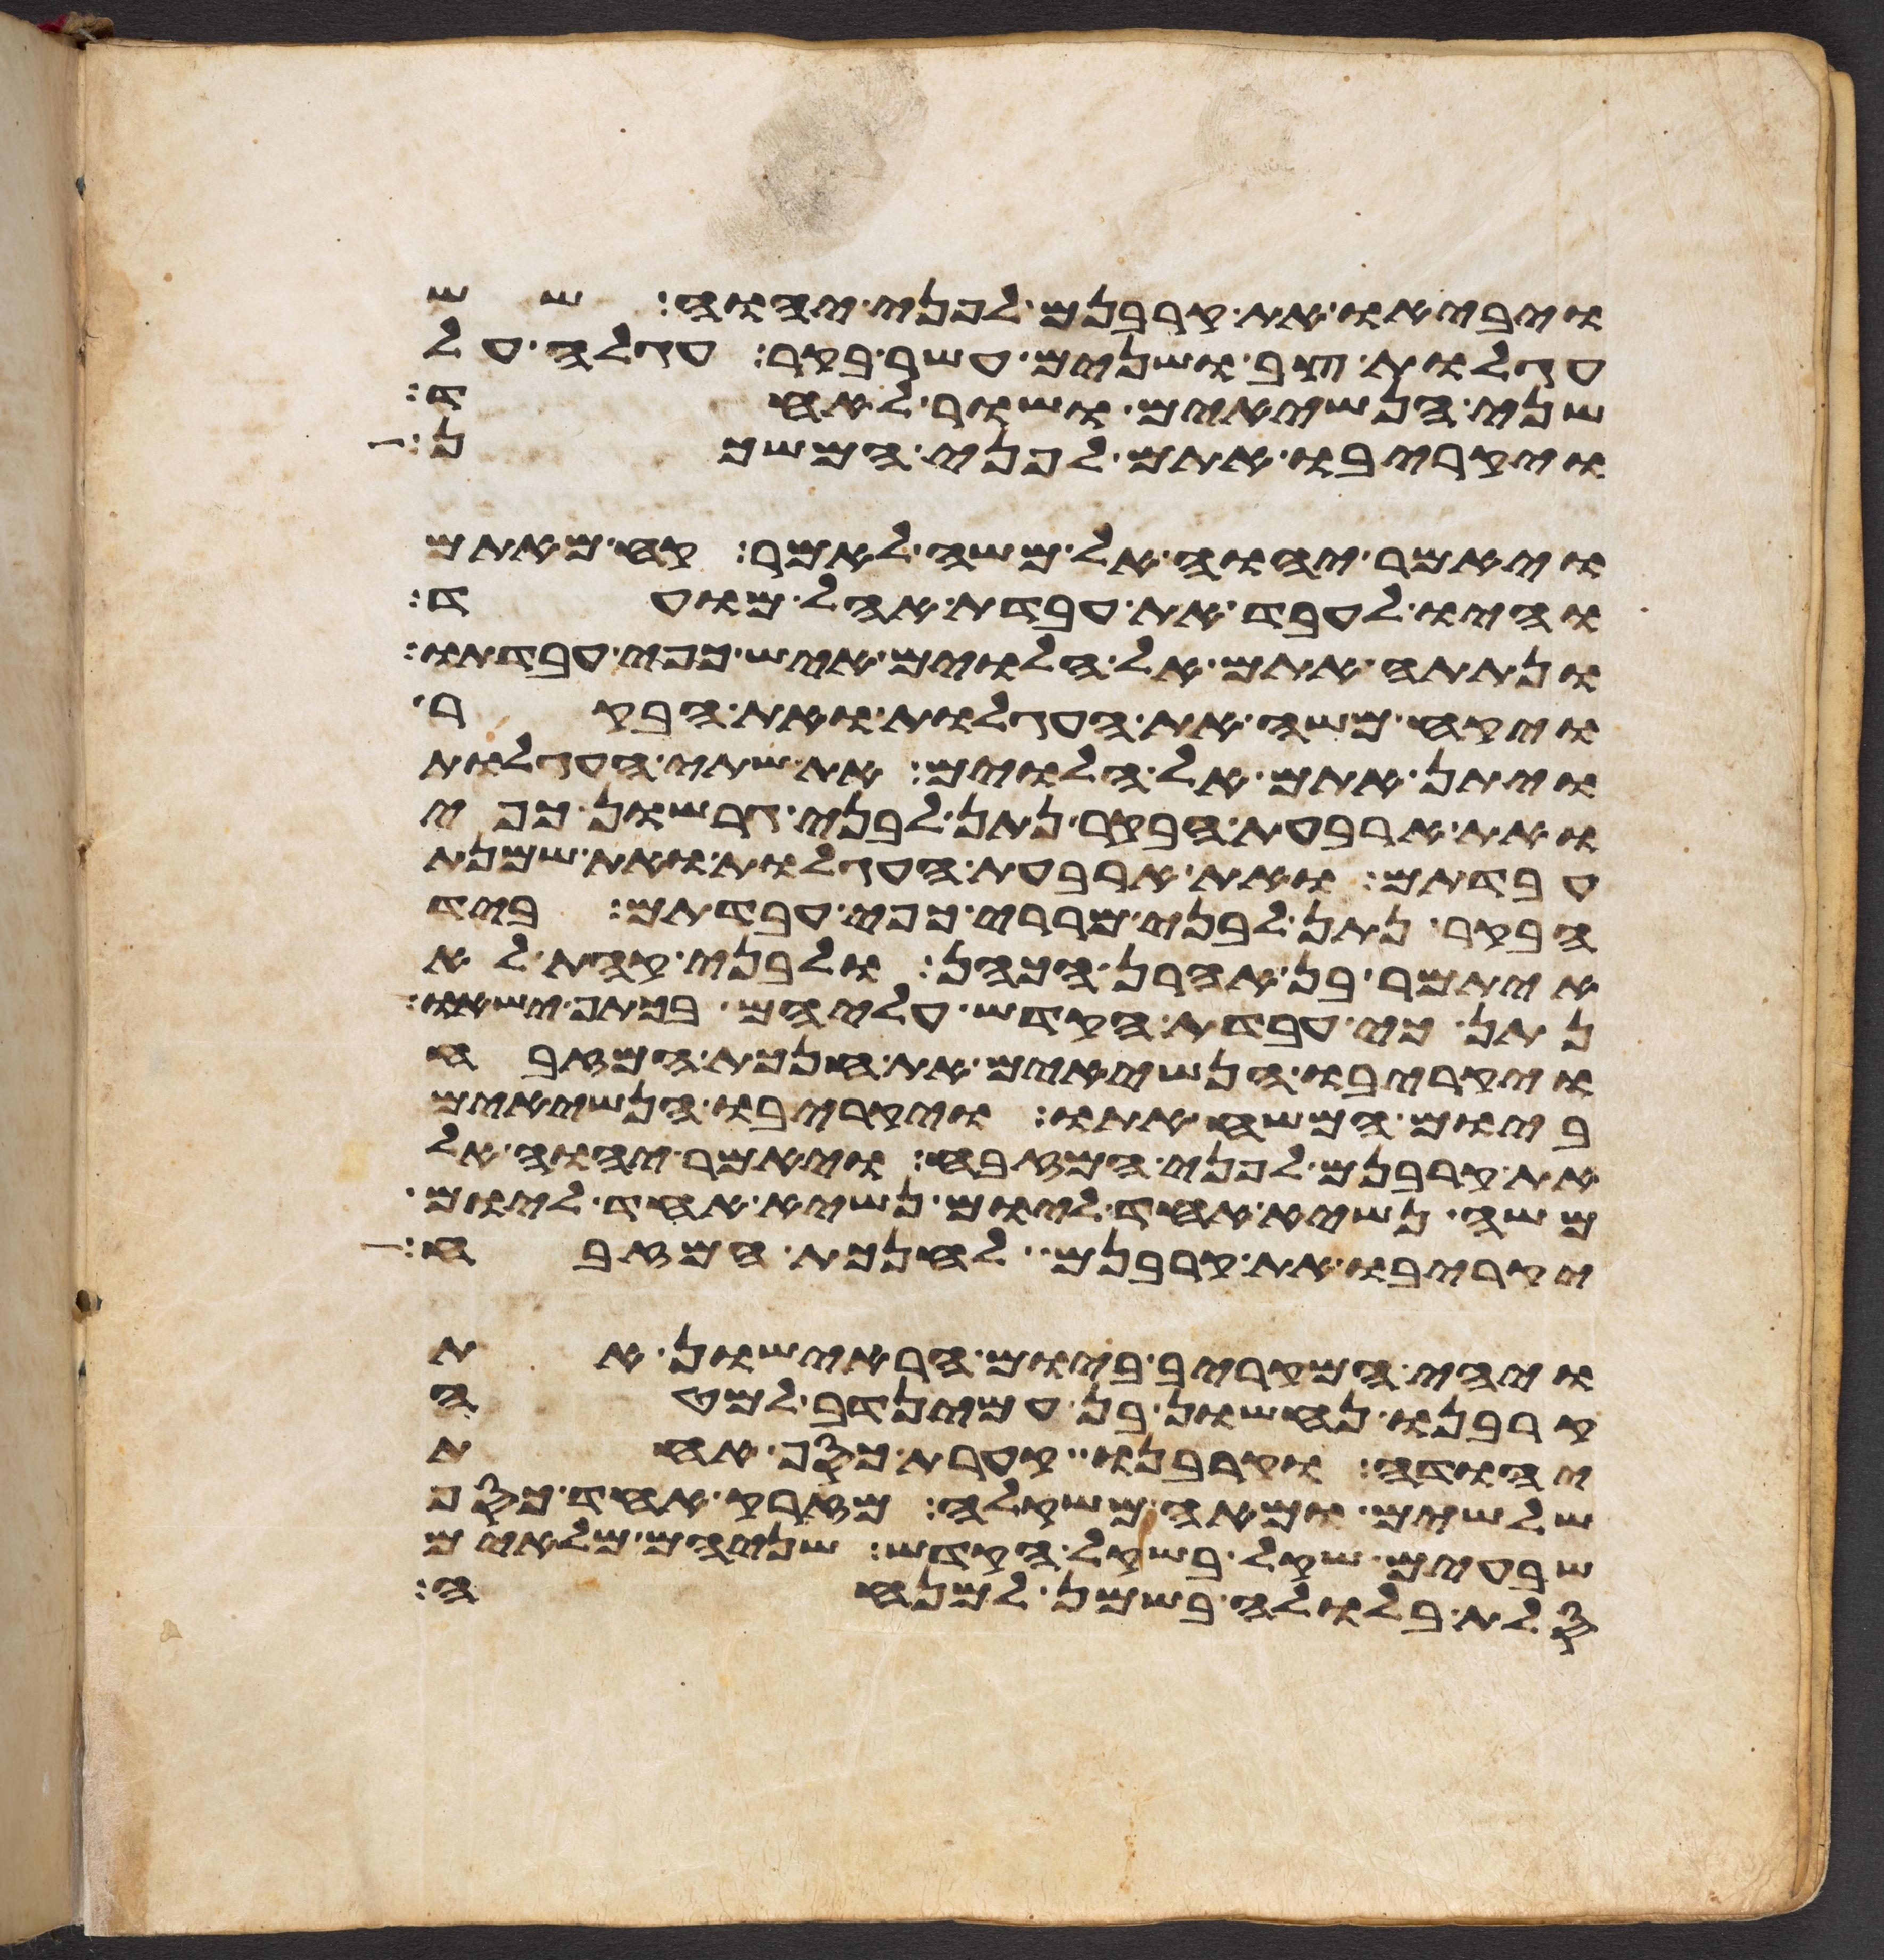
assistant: ויביאו את קרבנם לפני יהוה שש
עגלות צב ושנים עשר בקר עגלה על
שני הנשיאים ושור לאחד
ויקריבו אתם לפני המשכן
ויאמר יהוה אל משה לאמר קח מאתם
והיו לעבד את עבדת אהל מועד
ונתתה אתם אל הלוים איש כפי עבדתו
ויקח משה את העגלות ואת הבקר
ויתן אתם אל הלוים את שתי העגלות
ואת ארבעת הבקר נתן לבני גרשון כפי
עבדתם ואת ארבעת העגלות ואת שמנת
הבקר נתן לבני מררי כפי עבדתם ביד
איתמר בן אהרן הכהן ולבני קהת לא
נתן כי עבדת הקדש עליהם בכתף ישאו
ויקריבו הנשיאים את חנכת המזבח
ביום המשיח אתו ויקריבו הנשיאים
את קרבנם לפני המזבח ויאמר יהוה אל
משה נשיא אחד ליום נשיא אחד ליום
יקריבו את קרבנם לחנכת המזבח
ויהי המקריב ביום הראישון את
קרבנו נחשון בן עמינדב למטה
יהודה וקרבנו קערת כסף אחת
שלשים ומאה משקלה מזרק אחד כסף
שבעים שקל בשקל הקדש שניהם מלאים
סלת בלולה בשמן למנחה